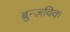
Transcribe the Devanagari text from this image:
ब्रुन्ज़विक